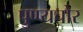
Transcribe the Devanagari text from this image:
पुण्यचोर